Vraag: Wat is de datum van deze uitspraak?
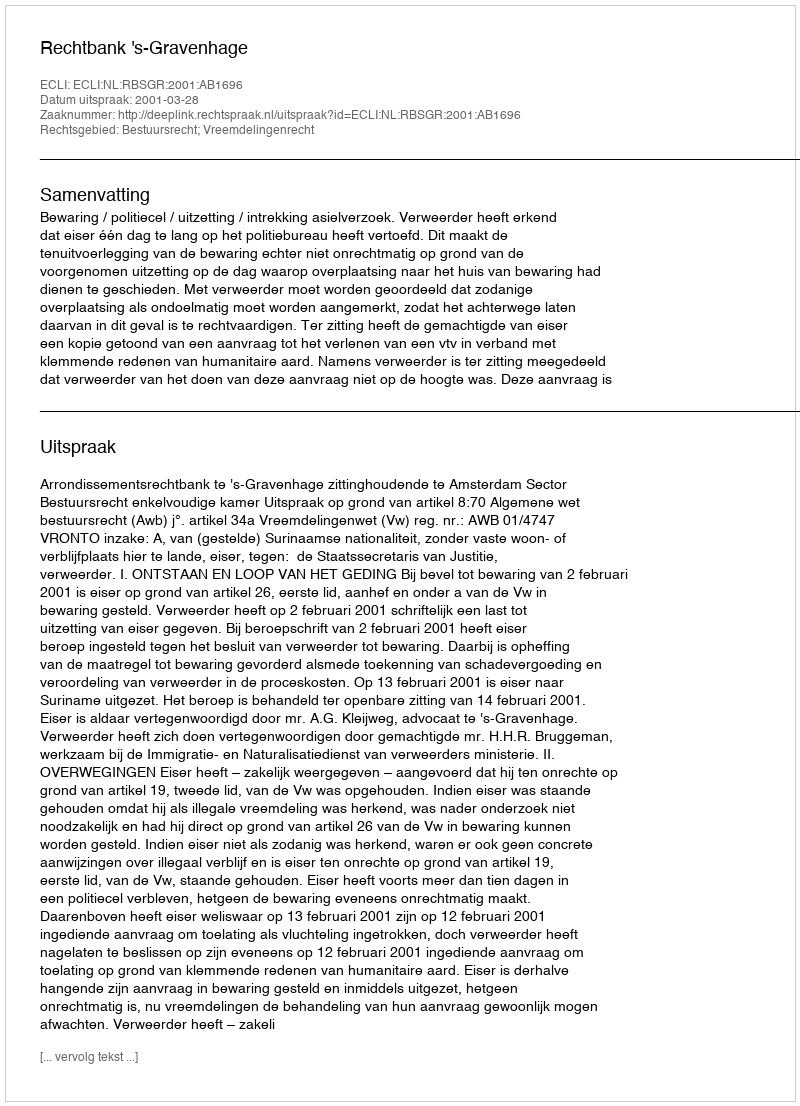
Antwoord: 2001-03-28